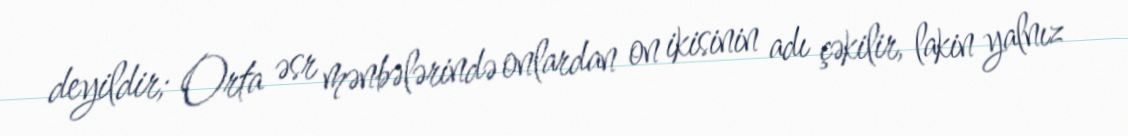
deyildir; Orta əsr mənbələrində onlardan on ikisinin adı çəkilir, lakin yalnız